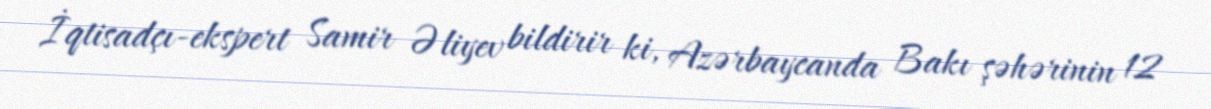
İqtisadçı-ekspert Samir Əliyev bildirir ki, Azərbaycanda Bakı şəhərinin 12